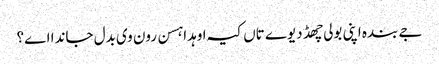
جے بندہ اپنی بولی چھڈ دیوے تاں کیہ اوہدا ہسن رون وی بدل جاندا اے؟